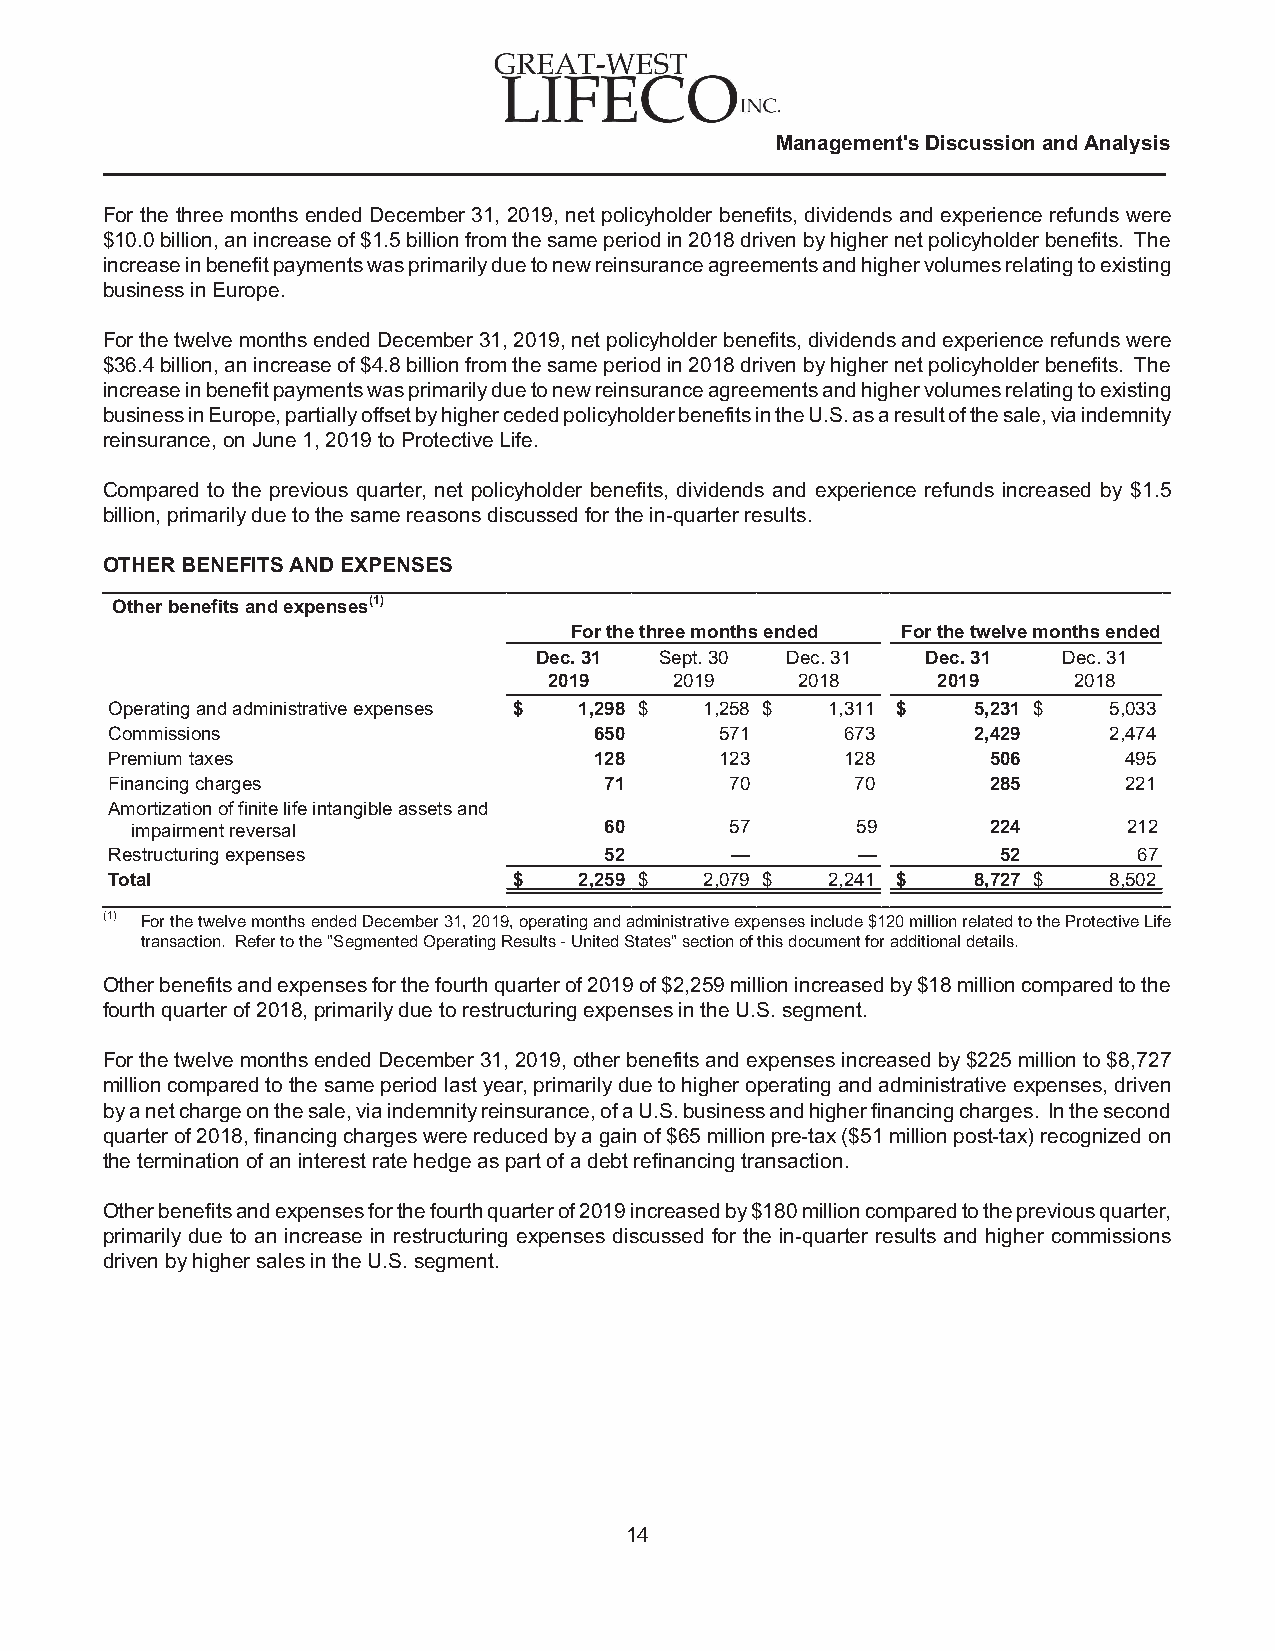
Management's Discussion and Analysis
 For the three months ended December 31, 2019, net policyholder benefits, dividends and experience refunds were
 $10.0 billion, an increase of $1.5 billion from the same period in 2018 driven by higher net policyholder benefits. The
 increase in benefit payments was primarily due to new reinsurance agreements and higher volumes relating to existing
 business in Europe.
 For the twelve months ended December 31, 2019, net policyholder benefits, dividends and experience refunds were
 $36.4 billion, an increase of $4.8 billion from the same period in 2018 driven by higher net policyholder benefits. The
 increase in benefit payments was primarily due to new reinsurance agreements and higher volumes relating to existing
 business in Europe, partially offset by higher ceded policyholder benefits in the U.S. as a result of the sale, via indemnity
 reinsurance, on June 1, 2019 to Protective Life.
 Compared to the previous quarter, net policyholder benefits, dividends and experience refunds increased by $1.5
 billion, primarily due to the same reasons discussed for the in-quarter results.
 OTHER BENEFITS AND EXPENSES
 Other benefits and expenses(1)
 For the three months ended For the twelve months ended
 Dec. 31  Sept. 30 Dec. 31 Dec. 31  Dec. 31
 2019     2019    2018     2019     2018
 Operating and administrative expenses $ 1,298 $ 1,258 $ 1,311 $ 5,231 $ 5,033
 Commissions                     650      571     673     2,429    2,474
 Premium taxes                   128      123     128       506     495
 Financing charges                71      70       70       285     221
 Amortization of finite life intangible assets and
 impairment reversal            60      57       59       224      212
 Restructuring expenses           52      —        —        52       67
 Total                      $   2,259 $  2,079 $ 2,241 $  8,727 $  8,502
 (1) For the twelve months ended December 31, 2019, operating and administrative expenses include $120 million related to the Protective Life
 transaction. Refer to the "Segmented Operating Results - United States" section of this document for additional details.
 Other benefits and expenses for the fourth quarter of 2019 of $2,259 million increased by $18 million compared to the
 fourth quarter of 2018, primarily due to restructuring expenses in the U.S. segment.
 For the twelve months ended December 31, 2019, other benefits and expenses increased by $225 million to $8,727
 million compared to the same period last year, primarily due to higher operating and administrative expenses, driven
 by a net charge on the sale, via indemnity reinsurance, of a U.S. business and higher financing charges. In the second
 quarter of 2018, financing charges were reduced by a gain of $65 million pre-tax ($51 million post-tax) recognized on
 the termination of an interest rate hedge as part of a debt refinancing transaction.
 Other benefits and expenses for the fourth quarter of 2019 increased by $180 million compared to the previous quarter,
 primarily due to an increase in restructuring expenses discussed for the in-quarter results and higher commissions
 driven by higher sales in the U.S. segment.
 14